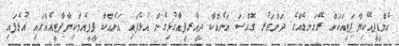
އެމްޑީޕީއޭކިޔާޕަޓީއަކައް ރޭގަނޑެއްގެ ދަންވަރު ގޮއްސަ އަނެއްކާ ދީއާރޕީއާގުޅިގެން އުޅެފައި އަނެއްކާ ޕީޕީއެމްކިޔާޕާޓީއެއްގައި އުޅެފައި